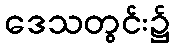
ဒေသတွင်း၌